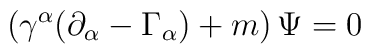
\left( \gamma ^\alpha (\partial _\alpha -\Gamma _\alpha)+m\right) \Psi =0